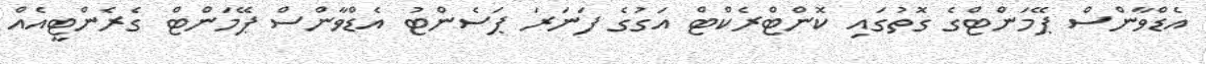
އެޑްވާންސް ޕޭމަންޓްގެ ގޮތުގައި ކޮންޓްރެކްޓް އަގުގެ ފަނަރަ ޕަސެންޓު އެޑްވާންސް ޕޭމަންޓް ގެރެންޓީއެއް